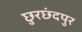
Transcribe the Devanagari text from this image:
छुरछंदपुर